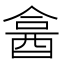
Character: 𨠭